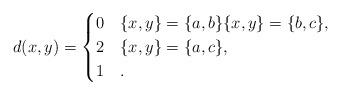
LaTeX: \begin{align*} d(x,y) = \begin{cases} 0 & \{x,y\} = \{a,b\} \{x,y\} = \{b,c\},\\ 2 & \{x,y\} = \{a,c\}, \\1 & . \end{cases} \end{align*}